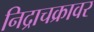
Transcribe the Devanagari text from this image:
निद्राचक्रावर